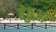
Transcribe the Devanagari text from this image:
हेठुआ